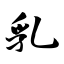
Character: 乳